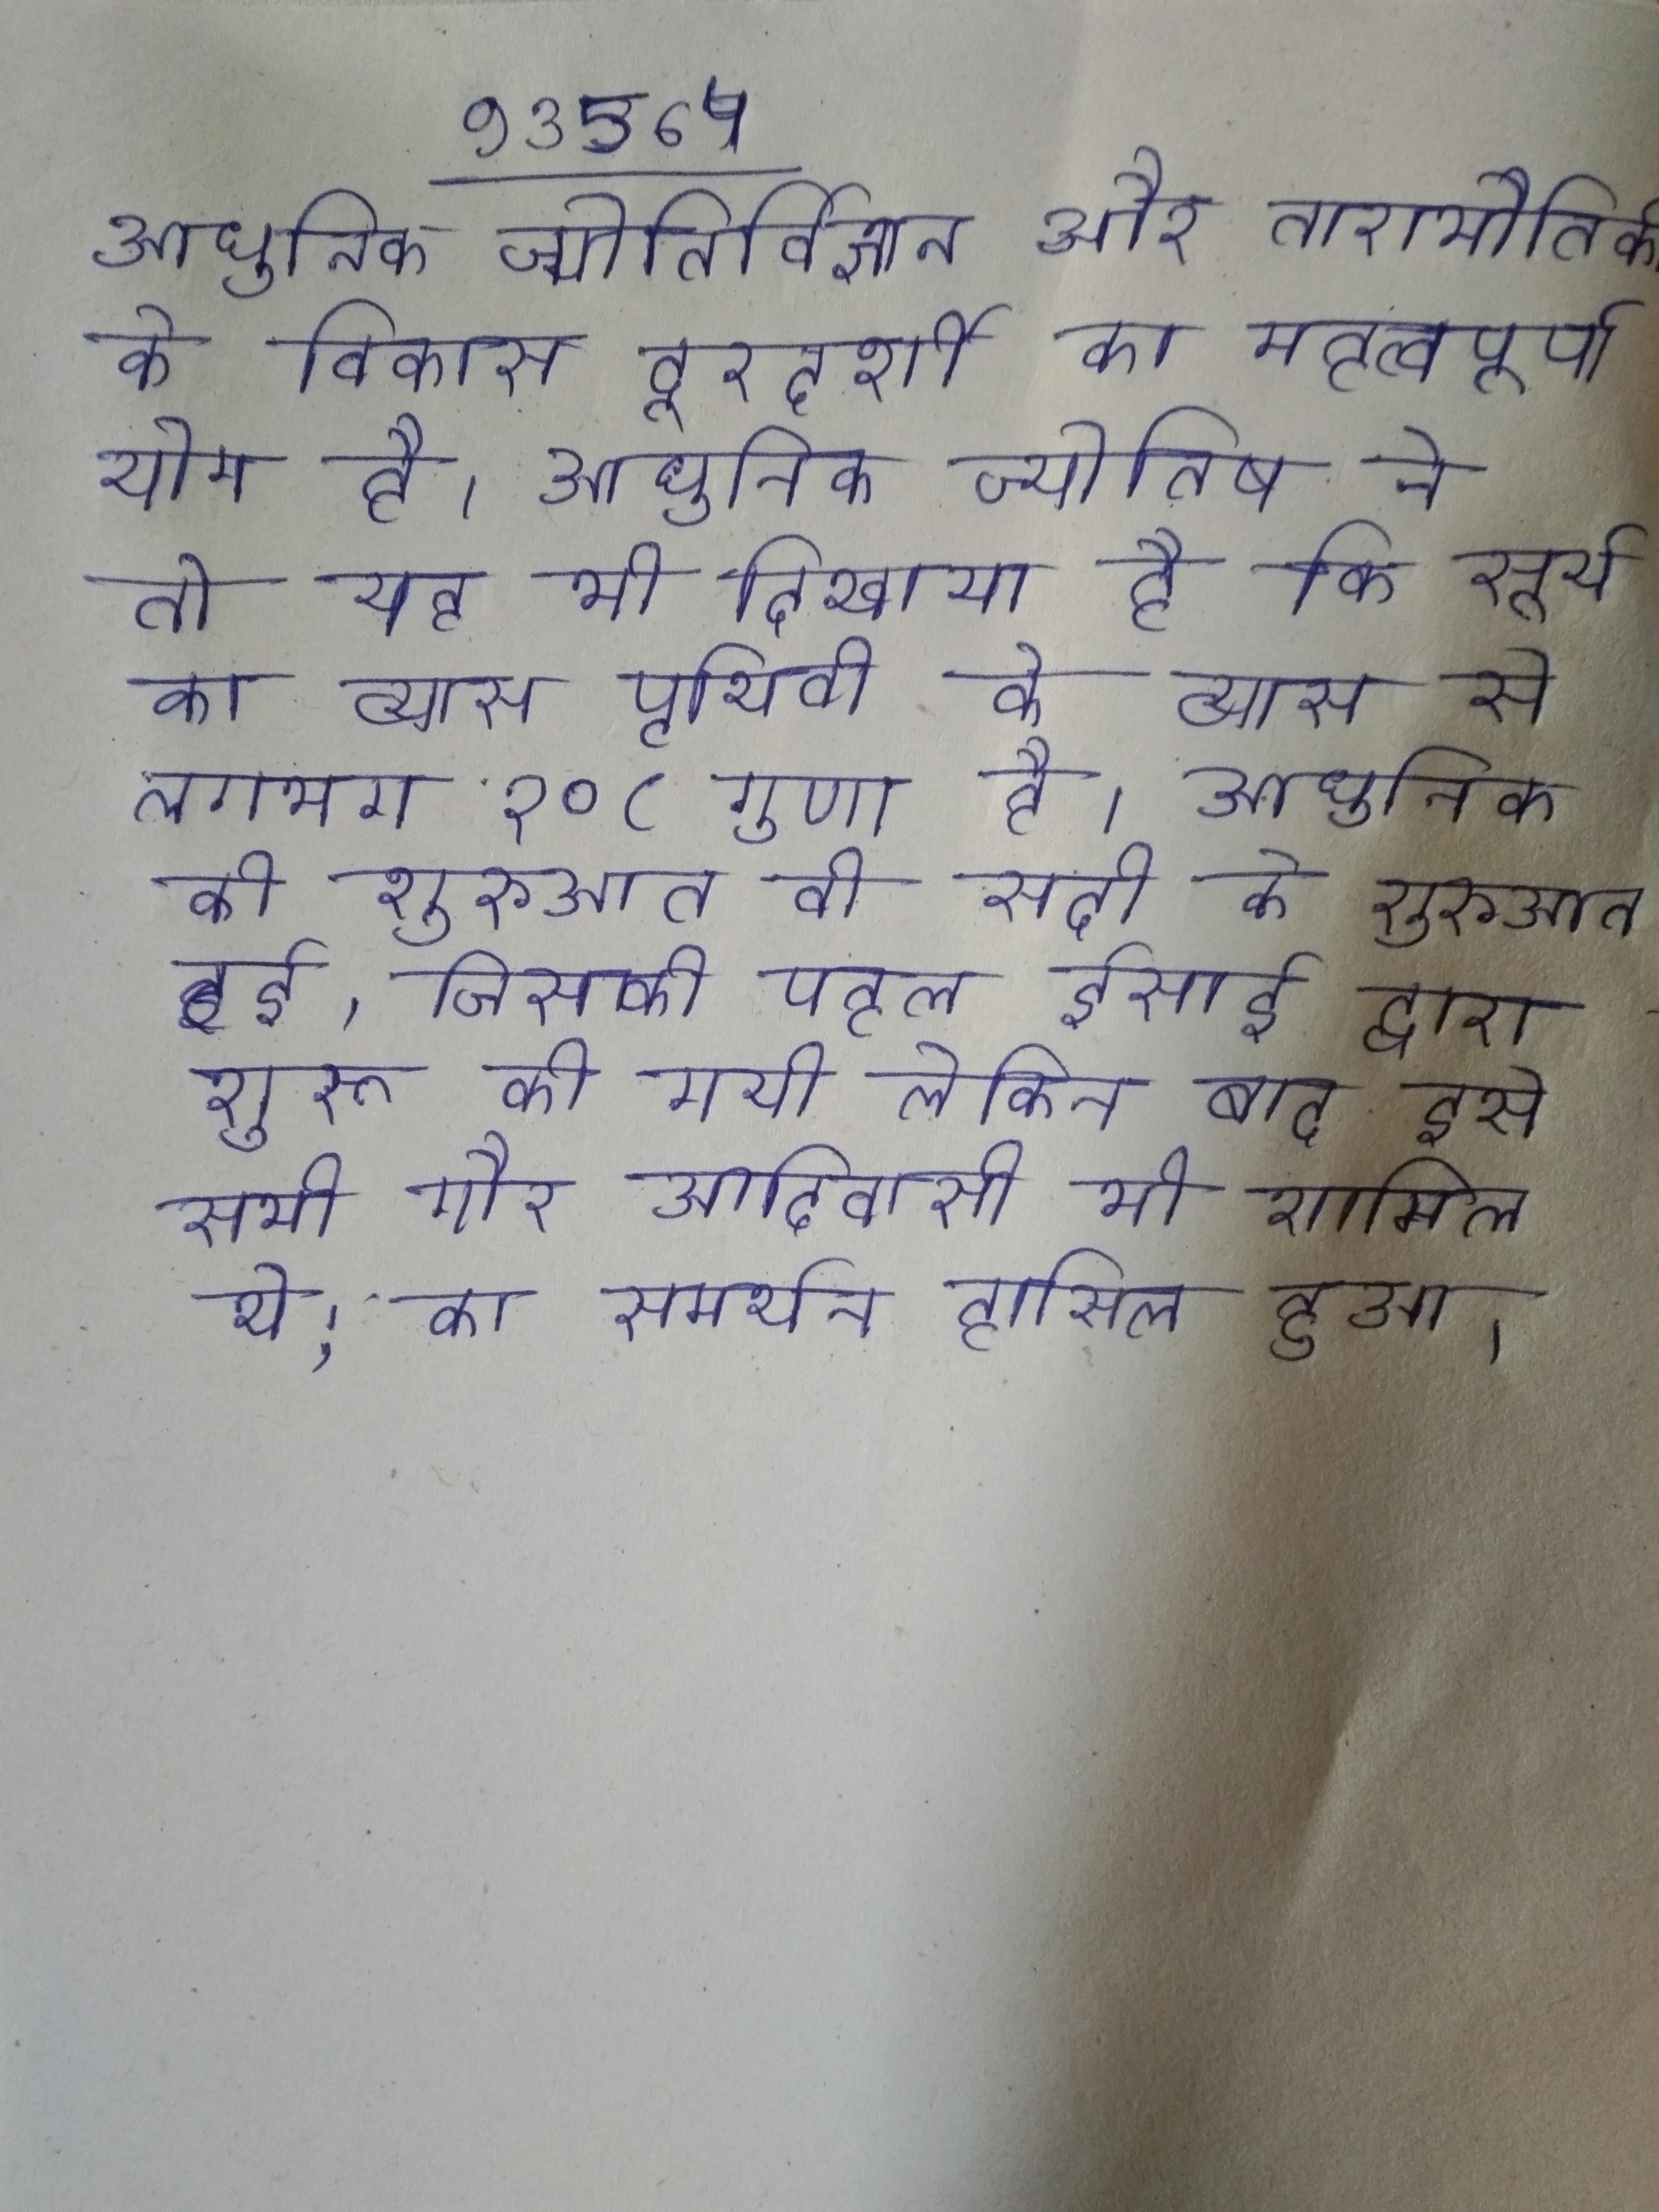
आधुनिक ज्योतिर्विज्ञान और ताराभौतिकी के विकास दूरदर्शी का महत्वपूर्ण योग है । आधुनिक ज्योतिष ने तो यह भी दिखाया है कि सूर्य का व्यास पृथिवी के व्यास से लगभग १०८ गुणा है । आधुनिक की शुरुआत वी सदी के शुरुआत हुई, जिसकी पहल ईसाई द्वारा शुरू की गयी लेकिन बाद इसे सभी गैर आदिवासी भी शामिल थे; का समर्थन हासिल हुआ ।